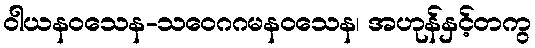
ဝါယနဝသေန-သဝေဂဂမနဝသေန၊ အဟုန်နှင့်တကွ